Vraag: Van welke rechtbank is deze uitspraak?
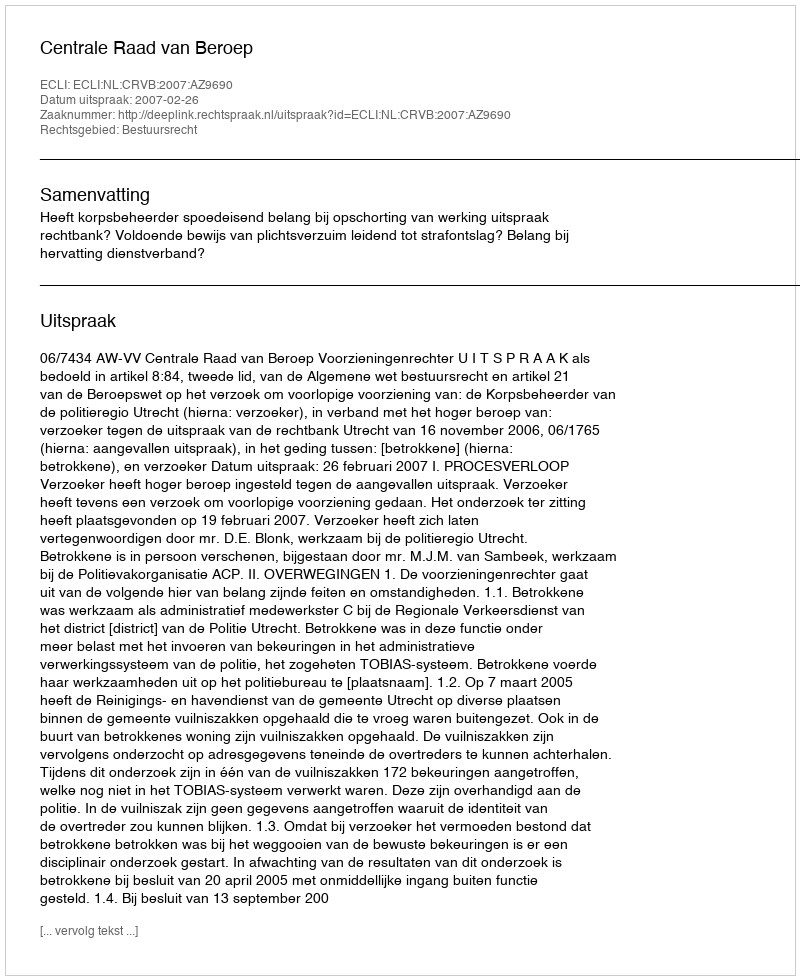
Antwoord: Centrale Raad van Beroep